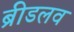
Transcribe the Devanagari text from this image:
ब्रीडलव